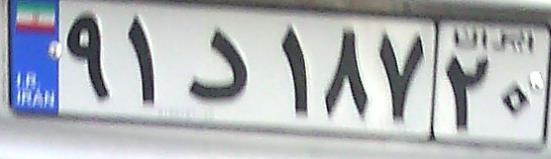
۹۱د۱۸۷۲۰